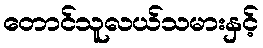
တောင်သူလယ်သမားနှင့်